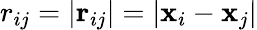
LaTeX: r_{ij}=|\mathbf{r}_{ij}|=|\mathbf{x}_{i}-\mathbf{x}_{j}|